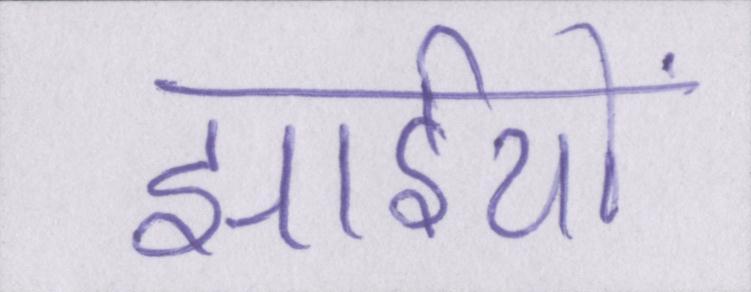
झाईयों